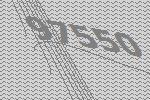
97550